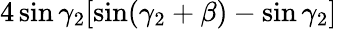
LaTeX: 4\sin\gamma_{2}[\sin(\gamma_{2}+\beta)-\sin\gamma_{2}]